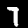
Label: 7